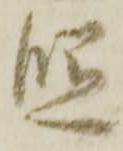
照